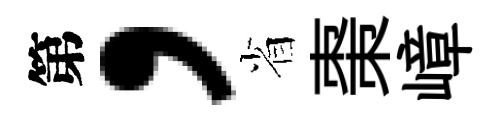
第，省棗嶂